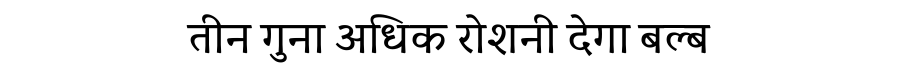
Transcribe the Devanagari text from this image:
तीन गुना अधिक रोशनी देगा बल्ब